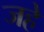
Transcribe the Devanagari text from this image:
जहे